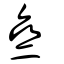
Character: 亝